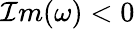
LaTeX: \mathcal{I}m(\omega)<0